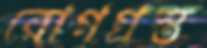
রোগগ্রস্ত